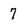
Character: 7